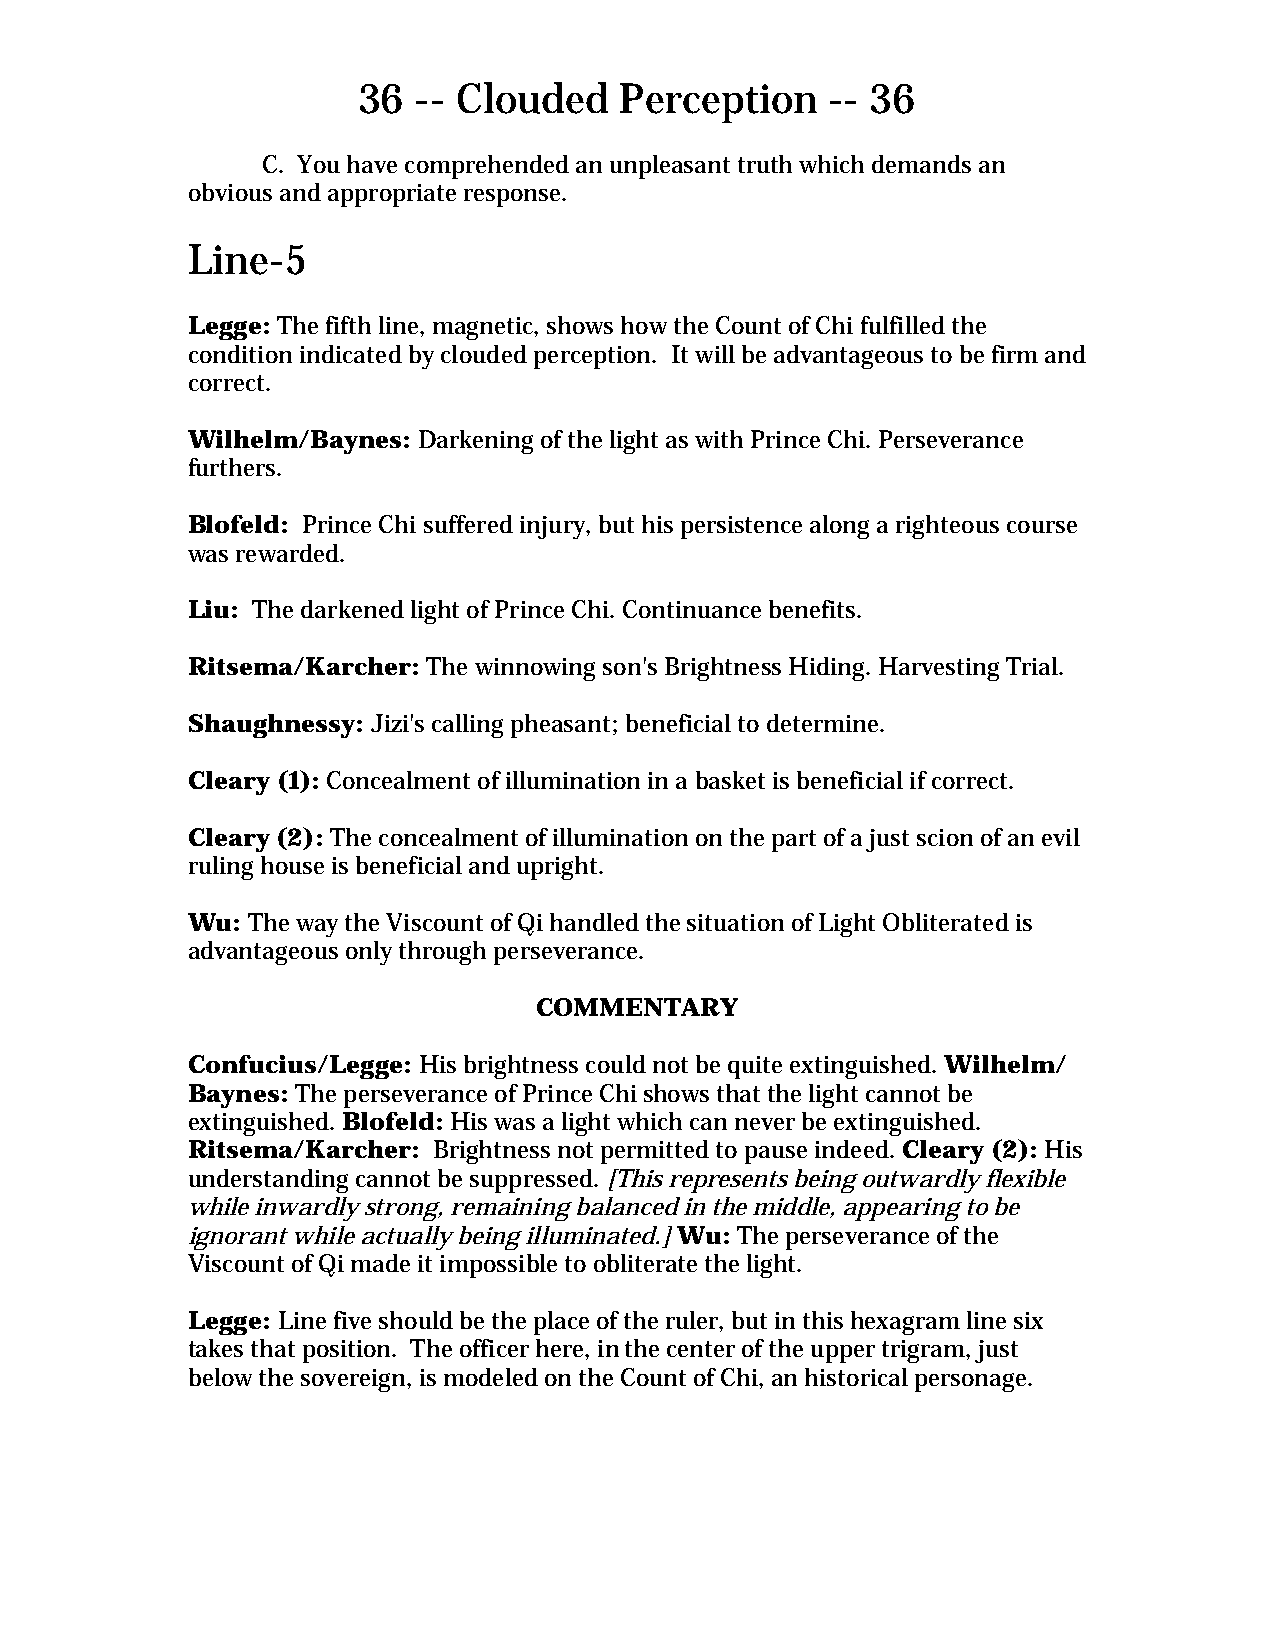
36 -- Clouded    Perception    -- 36
 C. You have comprehended an unpleasant truth which demands an
 obvious and appropriate response.
 Line-5
 Legge: The fifth line, magnetic, shows how the Count of Chi fulfilled the
 condition indicated by clouded perception. It will be advantageous to be firm and
 correct.
 Wilhelm/Baynes: Darkening of the light as with Prince Chi. Perseverance
 furthers.
 Blofeld: Prince Chi suffered injury, but his persistence along a righteous course
 was rewarded.
 Liu: The darkened light of Prince Chi. Continuance benefits.
 Ritsema/Karcher: The winnowing son's Brightness Hiding. Harvesting Trial.
 Shaughnessy: Jizi's calling pheasant; beneficial to determine.
 Cleary (1): Concealment of illumination in a basket is beneficial if correct.
 Cleary (2): The concealment of illumination on the part of a just scion of an evil
 ruling house is beneficial and upright.
 Wu: The way the Viscount of Qi handled the situation of Light Obliterated is
 advantageous only through perseverance.
 COMMENTARY
 Confucius/Legge: His brightness could not be quite extinguished. Wilhelm/
 Baynes: The perseverance of Prince Chi shows that the light cannot be
 extinguished. Blofeld: His was a light which can never be extinguished.
 Ritsema/Karcher: Brightness not permitted to pause indeed. Cleary (2): His
 understanding cannot be suppressed. [This represents being outwardly flexible
 while inwardly strong, remaining balanced in the middle, appearing to be
 ignorant while actually being illuminated.] Wu: The perseverance of the
 Viscount of Qi made it impossible to obliterate the light.
 Legge: Line five should be the place of the ruler, but in this hexagram line six
 takes that position. The officer here, in the center of the upper trigram, just
 below the sovereign, is modeled on the Count of Chi, an historical personage.